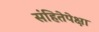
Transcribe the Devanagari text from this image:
संहितेपेक्षा